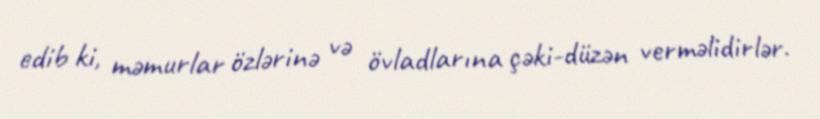
edib ki, məmurlar özlərinə və övladlarına çəki-düzən verməlidirlər.